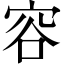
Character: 容